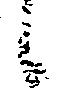
候